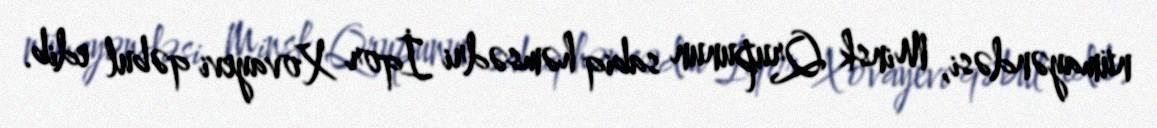
nümayəndəsi, Minsk Qrupunun sabiq həmsədri İqor Xovayevi qəbul edib.